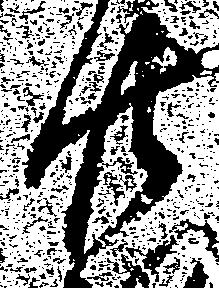
廿